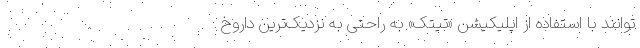
توانند با استفاده از اپلیکیشن «تیتک» به راحتی به نزدیک‌ترین داروخ